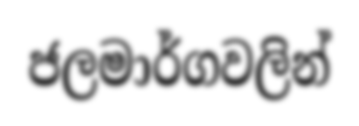
ජලමාර්ගවලින්